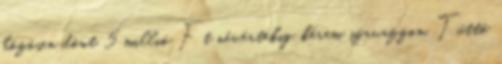
közösen dönt 5 millió Ft névértékig, kérem szavazzon. Tüttő